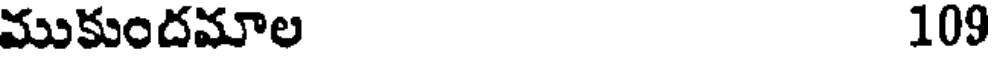
ముకుందమాల 109